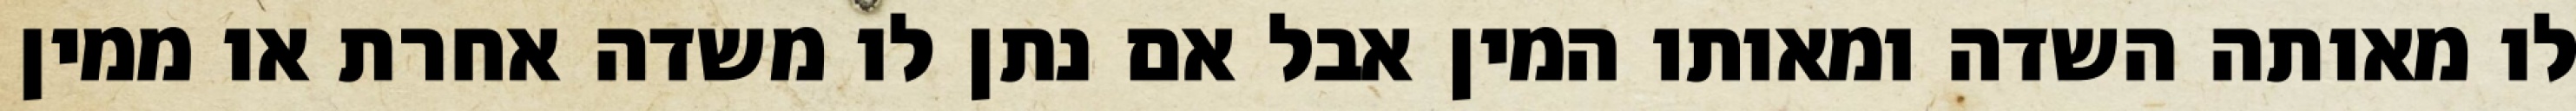
לו מאותה השדה ומאותו המין אבל אם נתן לו משדה אחרת או ממין